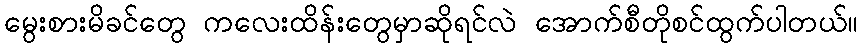
မွေးစားမိခင်တွေ ကလေးထိန်းတွေမှာဆိုရင်လဲ အောက်စီတိုစင်ထွက်ပါတယ်။